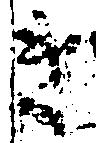
き